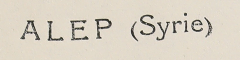
ALEP (Syrie)